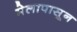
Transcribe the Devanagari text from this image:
मेलापासून